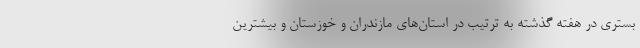
بستری در هفته گذشته به ترتیب در استان‌های مازندران و خوزستان و بیشترین